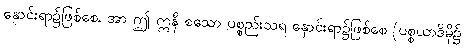
နှောင်းရာ၌ဖြစ်စေ, အာ ဤ ဣနီ စသော ပစ္စည်းသရ နှောင်းရာ၌ဖြစ်စေ (ပစ္စယာဒိမှိ၌